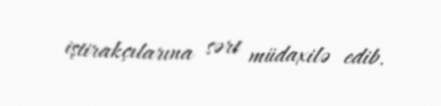
iştirakçılarına sərt müdaxilə edib.